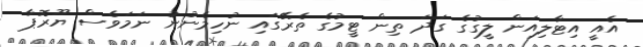
އެއީ އިޓާލިއަން ލީގުގެ ގަދަ ތިން ޓީމުގެ ތެރޭގައި ނުހިމެނުނު ނަމަވެސް ޔޫރޮޕާ